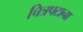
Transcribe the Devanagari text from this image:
चित्रपटाना